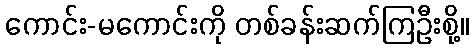
ကောင်း-မကောင်းကို တစ်ခန်းဆက်ကြဦးစို့။